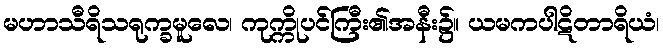
မဟာသီရိသရုက္ခမူလေ၊ ကုက္ကိုပင်ကြီး၏အနီး၌။ ယမကပါဋိတာရိယံ၊